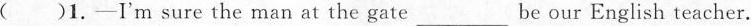
( )1—I'm sure the man at the gate___be our English teacher.